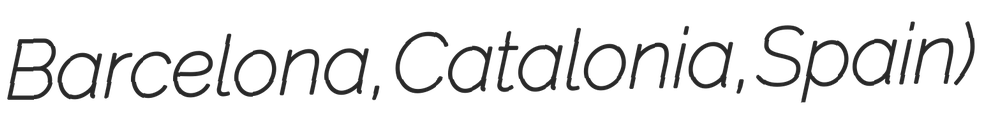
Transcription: Barcelona, Catalonia, Spain)